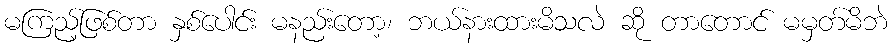
မကြည့်ဖြစ်တာ နှစ်ပေါင်း မနည်းတော့၊ ဘယ်နားထားမိသလဲ ဆို တာတောင် မမှတ်မိဘဲ